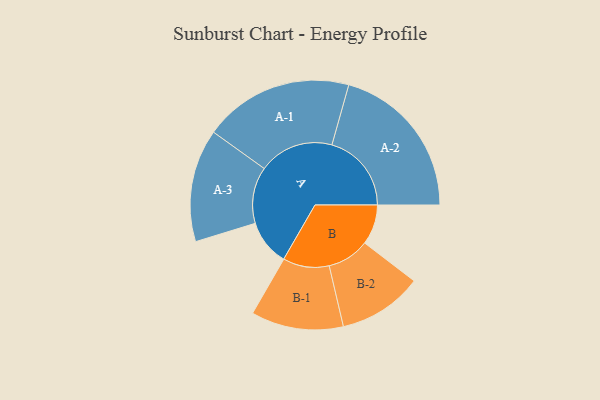
{"axis": {"x": "Segment", "y": "Value"}, "legend": ["", "A", "B"], "data": [{"x": "A", "y": 171, "type": ""}, {"x": "B", "y": 149, "type": ""}, {"x": "A-1", "y": 279, "type": "A"}, {"x": "A-2", "y": 296, "type": "A"}, {"x": "A-3", "y": 210, "type": "A"}, {"x": "B-1", "y": 172, "type": "B"}, {"x": "B-2", "y": 157, "type": "B"}]}